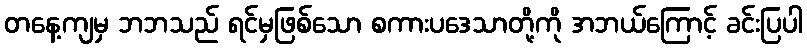
တနေ့ကျမှ ဘဘသည် ရင်မှဖြစ်သော စကားပဒေသာတို့ကို အဘယ်ကြောင့် ခင်းပြပါ